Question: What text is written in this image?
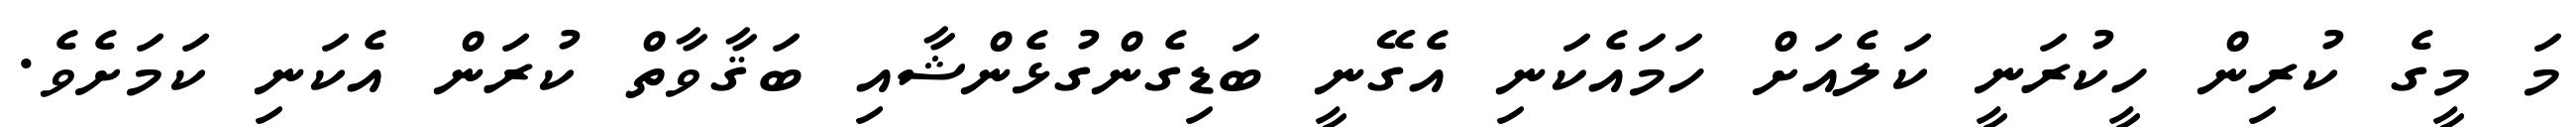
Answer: މަ މީގެ ކުރިން ހީކުރަނީ ކަލެއަށް ހަމައެކަނި އެގޭނީ ބަޑިގެންގުޅެންޝާއި ބަޤާވާތް ކުރަން އެކަނި ކަމަށެވެ.